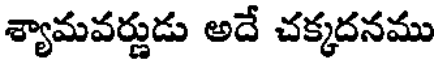
శ్యామవర్ణుడు అదే చక్కదనము